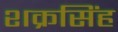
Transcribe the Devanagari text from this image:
शक्रसिंह